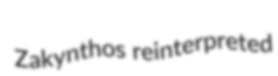
Zakynthos reinterpreted